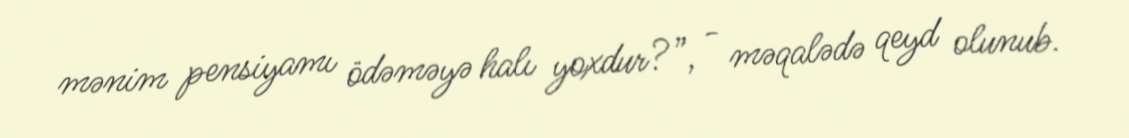
mənim pensiyamı ödəməyə halı yoxdur?”, - məqalədə qeyd olunub.